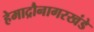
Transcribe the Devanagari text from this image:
हेमाद्रौनागरखंडे